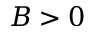
B > 0